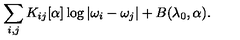
\sum _ { i , j } K _ { i j } [ \alpha ] \log | \omega _ { i } - \omega _ { j } | + B ( \lambda _ { 0 } , \alpha ) .